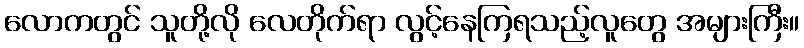
လောကတွင် သူတို့လို လေတိုက်ရာ လွင့်နေကြရသည့်လူတွေ အများကြီး။